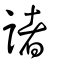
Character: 諸